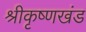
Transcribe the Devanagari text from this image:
श्रीकृष्णखंड